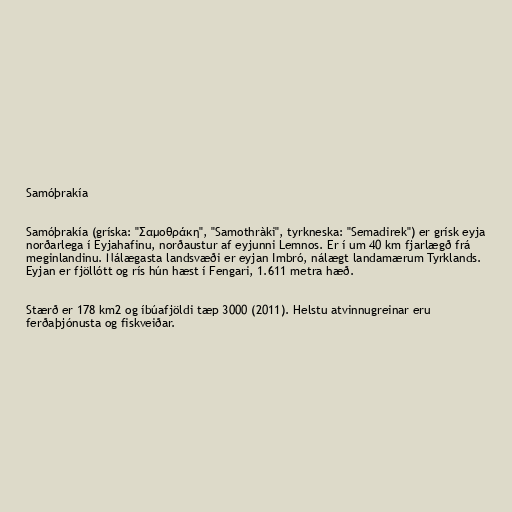
Samóþrakía

Samóþrakía (gríska: "Σαμοθράκη", "Samothràki", tyrkneska: "Semadirek") er grísk eyja
norðarlega í Eyjahafinu, norðaustur af eyjunni Lemnos. Er í um 40 km fjarlægð frá
meginlandinu. Nálægasta landsvæði er eyjan Imbró, nálægt landamærum Tyrklands.
Eyjan er fjöllótt og rís hún hæst í Fengari, 1.611 metra hæð.

Stærð er 178 km2 og íbúafjöldi tæp 3000 (2011). Helstu atvinnugreinar eru
ferðaþjónusta og fiskveiðar.